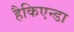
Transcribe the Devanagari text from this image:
हैकिएन्डा